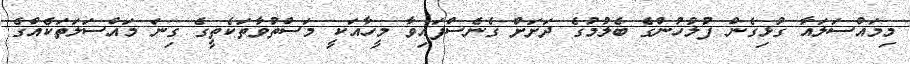
މިމައްސަލައާ ގުޅިގެން ފުލުހުންގެ ބެލުމުގެ ދަށަށް ގެނެސްފައިވާ މީހާއަކީ މަސްތުވާތަކެތީގެ ގިނަ މައްސަލަތަކެއްގެ